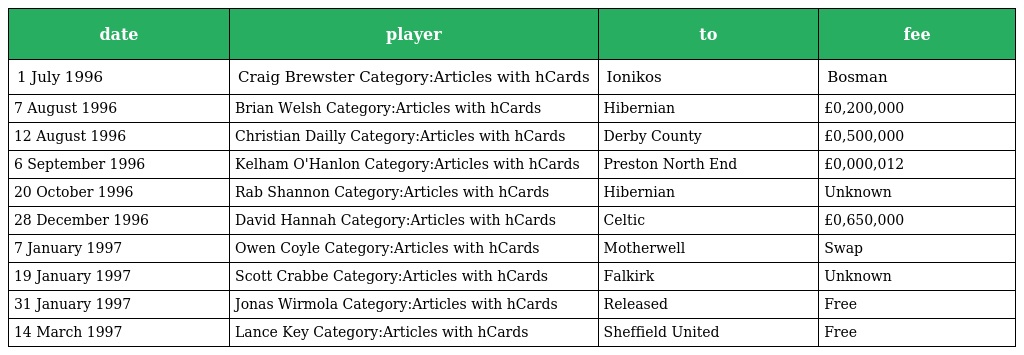
| date | player | to | fee |
 | --- | --- | --- | --- |
 | 1 July 1996 | Craig Brewster Category:Articles with hCards | Ionikos | Bosman |
 | 7 August 1996 | Brian Welsh Category:Articles with hCards | Hibernian | £0,200,000 |
 | 12 August 1996 | Christian Dailly Category:Articles with hCards | Derby County | £0,500,000 |
 | 6 September 1996 | Kelham O'Hanlon Category:Articles with hCards | Preston North End | £0,000,012 |
 | 20 October 1996 | Rab Shannon Category:Articles with hCards | Hibernian | Unknown |
 | 28 December 1996 | David Hannah Category:Articles with hCards | Celtic | £0,650,000 |
 | 7 January 1997 | Owen Coyle Category:Articles with hCards | Motherwell | Swap |
 | 19 January 1997 | Scott Crabbe Category:Articles with hCards | Falkirk | Unknown |
 | 31 January 1997 | Jonas Wirmola Category:Articles with hCards | Released | Free |
 | 14 March 1997 | Lance Key Category:Articles with hCards | Sheffield United | Free |